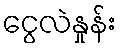
ငွေလဲနှုန်း